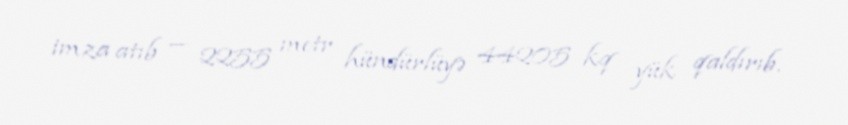
imza atıb — 2255 metr hündürlüyə 44205 kq yük qaldırıb.